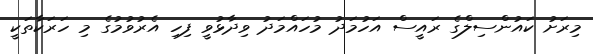
މިރަށު ކައުންސިލްގެ ރައީސް އަހުމަދު މުހައްމަދު ވިދާޅުވީ ފިހި އެރުވުމުގެ މި ހަރަކާތަކީ